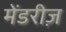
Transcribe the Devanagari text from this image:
मेंडरीज़